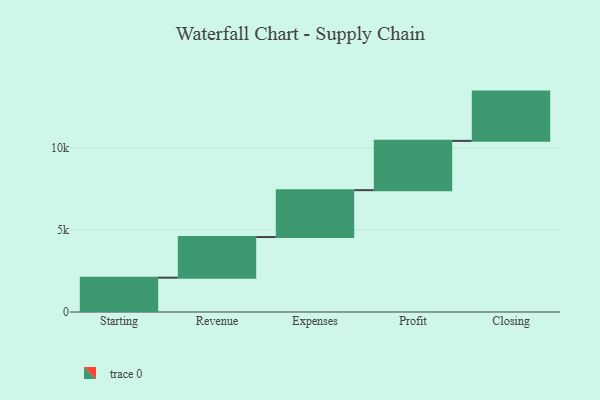
{"axis": {"x": "Step", "y": "Value"}, "legend": [""], "data": [{"x": "Starting", "y": 2091.0, "type": ""}, {"x": "Revenue", "y": 2473.0, "type": ""}, {"x": "Expenses", "y": 2855.0, "type": ""}, {"x": "Profit", "y": 3000, "type": ""}, {"x": "Closing", "y": 3000, "type": ""}]}